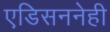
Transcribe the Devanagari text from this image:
एडिसननेही